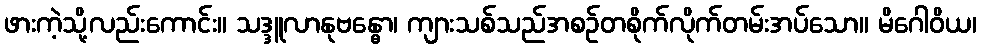
ဖားကဲ့သို့လည်းကောင်း။ သဒ္ဒူလာနုဗန္ဓော၊ ကျားသစ်သည်အစဉ်တစိုက်လိုက်တမ်းအပ်သော။ မိဂေါဝိယ၊